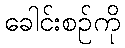
ခေါင်းစဉ်ကို